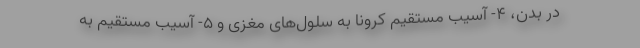
در بدن، ۴- آسیب مستقیم کرونا به سلول‌های مغزی و ۵- آسیب مستقیم به